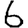
Digit: 6